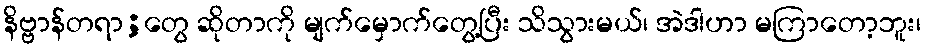
နိဗ္ဗာန်တရာ;တွေ ဆိုတာကို မျက်မှောက်တွေ့ပြီး သိသွားမယ်၊ အဲဒါဟာ မကြာတော့ဘူး၊